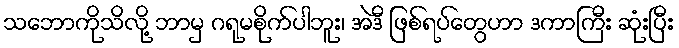
သဘောကိုသိလို့ ဘာမှ ဂရုမစိုက်ပါဘူး၊ အဲဒီ ဖြစ်ရပ်တွေဟာ ဒကာကြီး ဆုံးပြီး